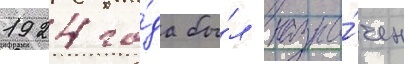
1924 го́да бы́л назна́чен